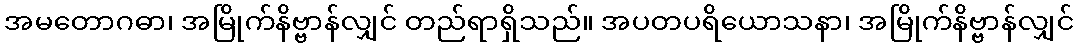
အမတောဂဓာ၊ အမြိုက်နိဗ္ဗာန်လျှင် တည်ရာရှိသည်။ အပတပရိယောသနာ၊ အမြိုက်နိဗ္ဗာန်လျှင်